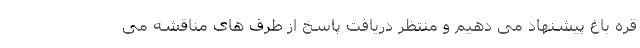
قره باغ پیشنهاد می دهیم و منتظر دریافت پاسخ از طرف های مناقشه می